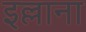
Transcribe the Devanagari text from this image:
इल्लाना